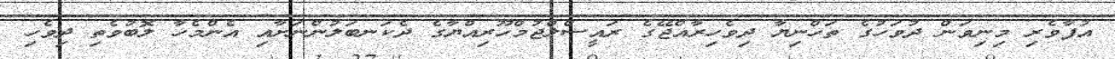
އުފާވެރި މިނިވަން ދުވަހުގެ ތަހްނިޔާ ދިވެހިރާއްޖޭގެ ރައީސްލްޖުމްހޫރިއްޔާގެ ދެކަނބަލުންނަށާއި އެންމެހާ ލޮބުވެތި ދިވެހި